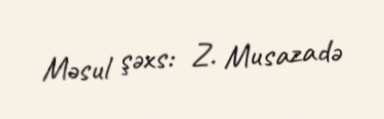
Məsul şəxs: Z. Musazadə